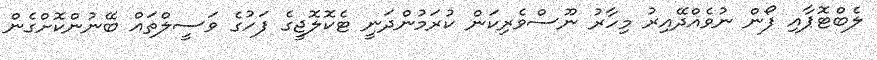
ލެބްޓޮޕާއި ފޯން ނުވެއްދޭއިރު މިހާރު ނޫސްވެރިކަން ކުރަމުންދަނީ ޓެކޮލޮޖީގެ ފަހުގެ ވަސީލްތައް ބޭނުންކޮށްގެން